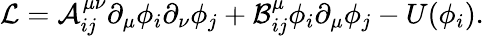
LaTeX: {\cal{L}}={\cal{A}}_{ij}^{\mu\nu}\partial_{\mu}\phi_{i}\partial_{\nu}\phi_{j}+{\cal{B}}_{ij}^{\mu}\phi_{i}\partial_{\mu}\phi_{j}-U(\phi_{i}).